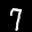
Label: 7